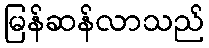
မြန်ဆန်လာသည်